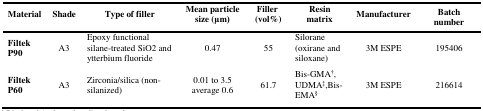
<table><thead><tr><td><b>Material</b></td><td><b>Shade</b></td><td><b>Type of filler</b></td><td><b>Mean particle size (μm)</b></td><td><b>Filler (vol%)</b></td><td><b>Resin matrix</b></td><td><b>Manufacturer</b></td><td><b>Batch number</b></td></tr></thead><tbody><tr><td><b>Filtek P90</b></td><td>A3</td><td>Epoxy functional silane-treated SiO2 and ytterbium fluoride</td><td>0.47</td><td>55</td><td>Silorane (oxirane and siloxane)</td><td>3M ESPE</td><td>195406</td></tr><tr><td><b>Filtek P60</b></td><td>A3</td><td>Zirconia/silica (non-silanized)</td><td>0.01 to 3.5 average 0.6</td><td>61.7</td><td>Bis-GMA<sup>†</sup>, UDMA<sup>‡</sup>, Bis-EMA<sup>§</sup></td><td>3M ESPE</td><td>216614</td></tr></tbody></table>